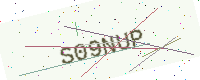
Text: S09NUP